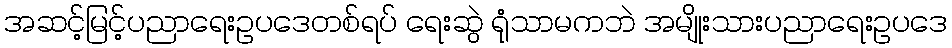
အဆင့်မြင့်ပညာရေးဥပဒေတစ်ရပ် ရေးဆွဲ ရုံသာမကဘဲ အမျိုးသားပညာရေးဥပဒေ